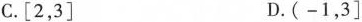
C. [2，3] D. (-1，3]